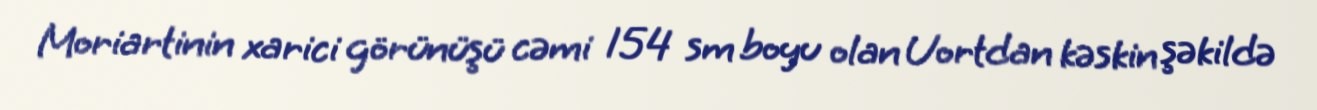
Moriartinin xarici görünüşü cəmi 154 sm boyu olan Uortdan kəskin şəkildə